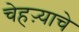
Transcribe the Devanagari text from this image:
चेहऱ्याचे